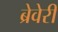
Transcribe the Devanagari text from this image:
ब्रेवेरी